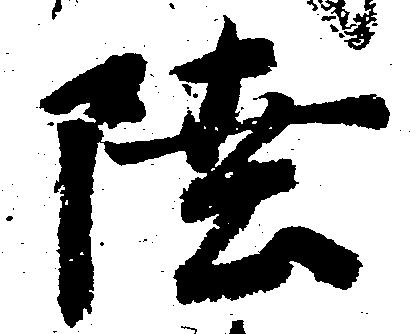
陸